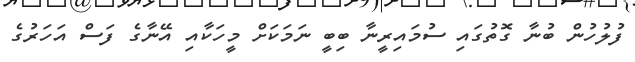
ފުލުހުން ބުނާ ގޮތުގައި ސުމައިރީނާ ބިބީ ނަމަކަށް މީހަކާއި އޭނާގެ ފަސް އަހަރުގެ